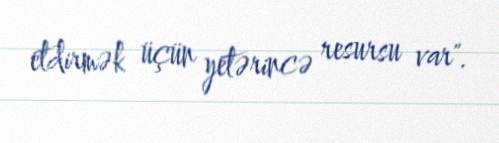
etdirmək üçün yetərincə resursu var".